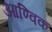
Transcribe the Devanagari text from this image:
आण्‍विक